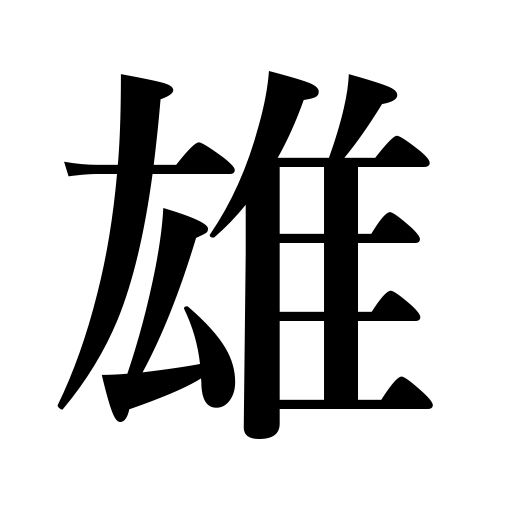
Meanings: superiority,excellence,male,hero,great leader